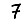
Digit: 7